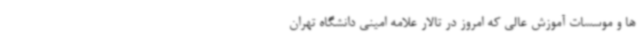
ها و موسسات آموزش عالی که امروز در تالار علامه امینی دانشگاه تهران